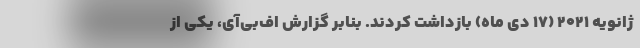
ژانویه ۲۰۲۱ (۱۷ دی ماه) بازداشت کردند. بنابر گزارش اف‌بی‌آی، یکی از